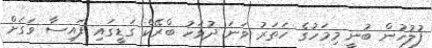
ފުލުހުން ބުނީ މިމަހުގެ ހަތަރު ވަނަ ދުވަހު ބްރޭކް ގަޑީގައި ފައިސާ ވަގަށް